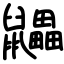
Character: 鼺